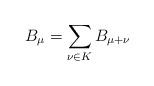
LaTeX: \begin{align*}B_\mu = \sum_{\nu \in K} B_{\mu+\nu}\end{align*}